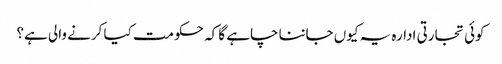
کوئی تجارتی ادارہ یہ کیوں جاننا چاہے گا کہ حکومت کیا کرنے والی ہے؟